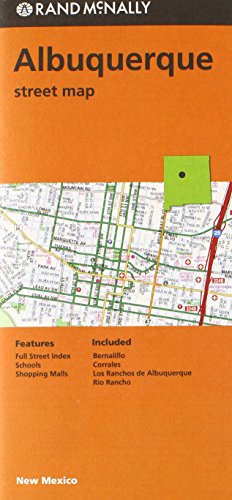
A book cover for Albuquerque Street Map (Rand Mcnally); Travel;